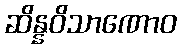
ဆိန္နဝိသာဏောဝ